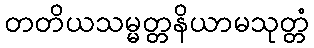
တတိယသမ္မတ္တနိယာမသုတ္တံ